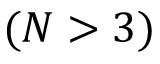
( N > 3 )